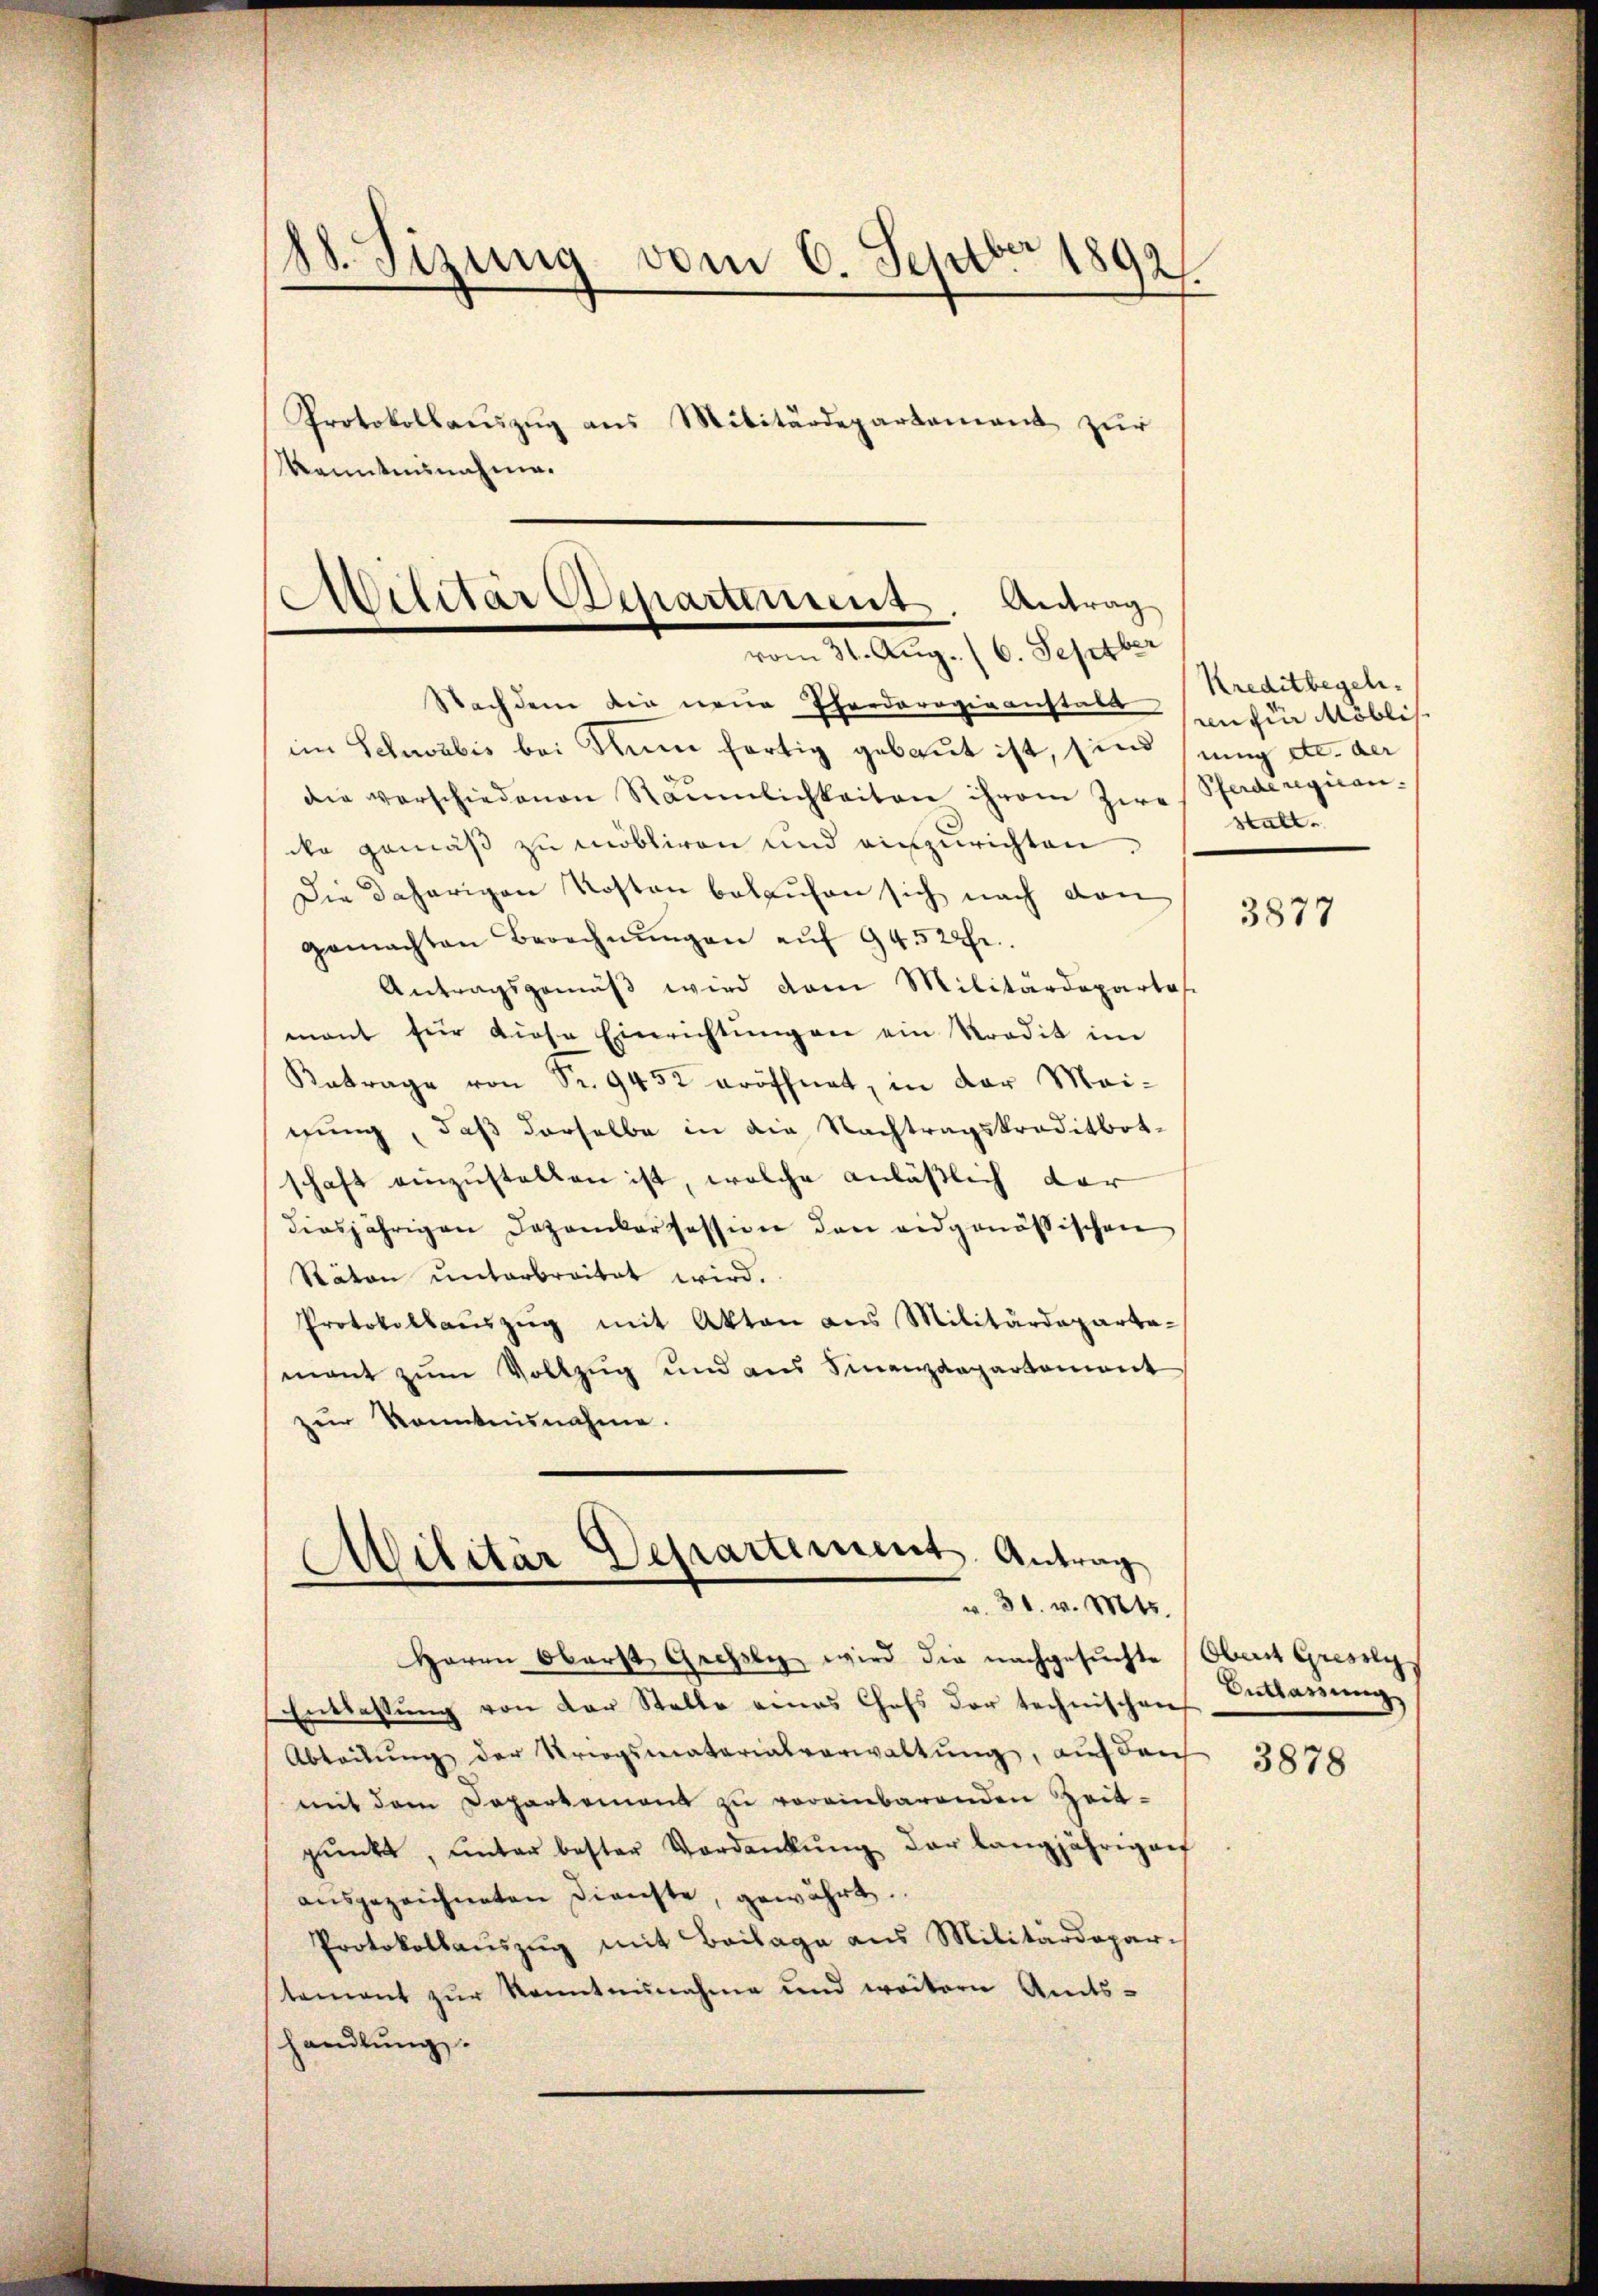
88. Sizung vom 6. Septbr 18921
Protokollaŭszŭg ans Militärdepartement zŭr

Kanntnisnahme.

Militär Departement. Antrag
vom 31. Aŭg. (6. Septber

¬
v. 31. v. Mts.

Nachdem die neue Theodorogieanstalt
im Schwabis bei Nun fortig gebaut ist, sind sung etc. der
die verschiedenen Räumlichkeiten ihrem Zwei Pferderegicancke gemäß zu möbliren und einzurichten.
Die daherigen Kosten belaufen sich nach den
gemachten Berechnŭngen aŭf 94520fr.
Antragsgemäβ wird dem Militärdepartas
mant für diese Einrichtŭngen ein Stradit im
Antrage von Fr. 9452 eröffnet, in der Mei-
gung, daß derselbe in die Nachtragskreditbot-
schaft einzŭstellen ist, welche anläßlich dar
diesjährigen Dezember fession den eidgenössischen
Räten ŭnterbreitet wird.
Protokollaŭszŭg mit Akten aus Militärdeparta-
mant zŭm Vollzug und aus Finanzdepartement
zur Kenntnisnahme.
Militär Departement. Antrag

Kreditbegeln.
an für Möblis.
stalt.

Herrn Oberst Grefsly wird die nachgesuchte (Obert Gresslys
Entlassŭng von der Stelle eines Chefs der technischen
Abteilŭng der Kriegsmaterialverwaltŭng, auf den
mit dem Departement zu vereinbarenden Zeit-
pŭnkt, ŭnter bester Verdankŭng der langjährigen
aŭsgezeichneten Dienste, gewährt.
Protokollaŭszŭg mit Beilage aus Militärdepartement zŭr Kenntnisnahme und weitern Amts-
handlŭng.

3877

Entlassung

3878